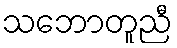
သဘောတူညီ